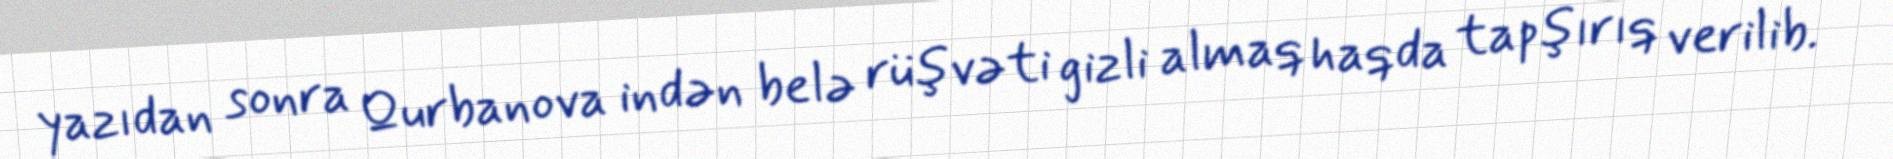
yazıdan sonra Qurbanova indən belə rüşvəti gizli almaq haqda tapşırıq verilib.